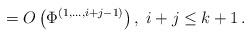
LaTeX: \begin{align*}=O\left( \Phi^{\left( 1,...,i+j-1\right) }\right) ,\;i+j\leq k+1\,.\end{align*}